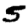
Digit: 5